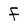
Character: F